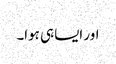
اور ایسا ہی ہوا۔